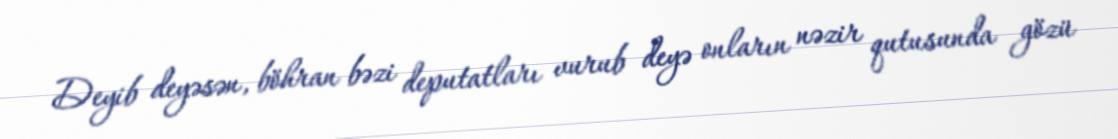
Deyib deyəsən, böhran bəzi deputatları vurub deyə onların nəzir qutusunda gözü